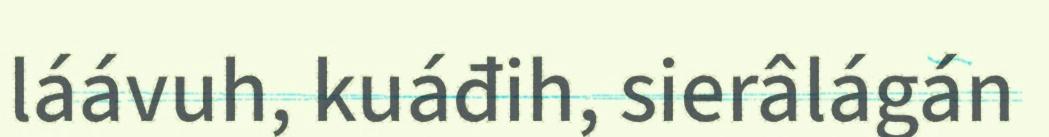
láávuh, kuáđih, sierâlágán